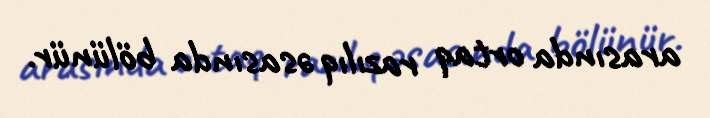
arasında ortaq razılıq əsasında bölünür.